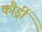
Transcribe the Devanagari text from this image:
कौर्ड्री